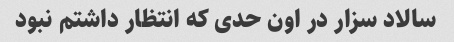
سالاد سزار در اون حدی که انتظار داشتم نبود